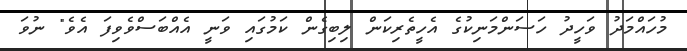
މުހައްމަދު ވަހީދު ހަސަންމަނިކުގެ އެހީތެރިކަން ލިބިގެން ކަމުގައި ވަނީ އެއްބަސްވެވިފަ އެވެ" ނުވަ